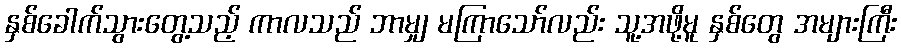
နှစ်ခေါက်သွားတွေ့သည့် ကာလသည် ဘာမျှ မကြာသော်လည်း သူ့အဖို့မူ နှစ်တွေ အများကြီး